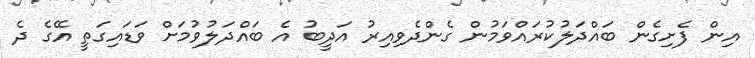
އިން ފެށިގެން ބައްދަލުކުރައްވަމުން ގެންދެވިއިރު އަދީބު އެ ބައްދަލުވުމަށް ވަޑައިގަތީ އޭގެ ދެ